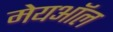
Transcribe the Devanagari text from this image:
मेयऑल